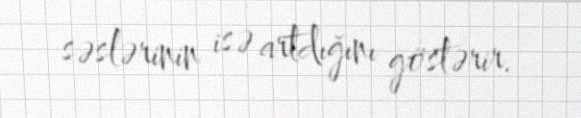
səslərinin isə artdığını göstərir.